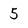
Character: 5